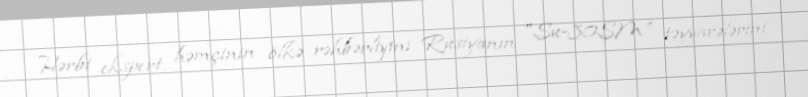
Hərbi ekspert, həmçinin ölkə rəhbərliyini Rusiyanın "Su-30SM” təyyarələrini